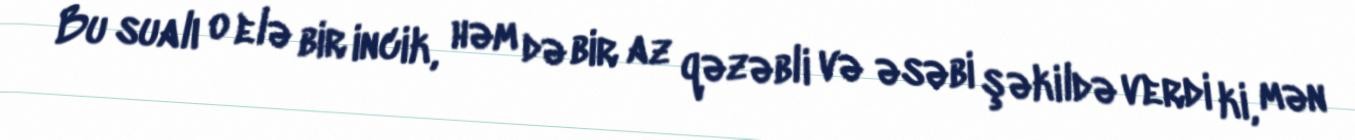
Bu sualı o elə bir incik, həm də bir az qəzəbli və əsəbi şəkildə verdi ki, mən